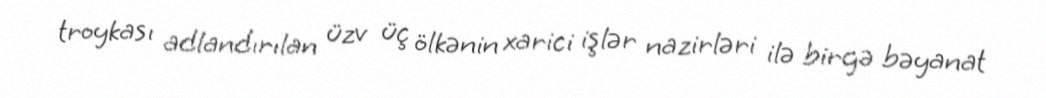
troykası adlandırılan üzv üç ölkənin xarici işlər nazirləri ilə birgə bəyanat